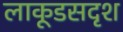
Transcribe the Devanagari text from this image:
लाकूडसदृश